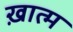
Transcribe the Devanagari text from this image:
ख़ात्म